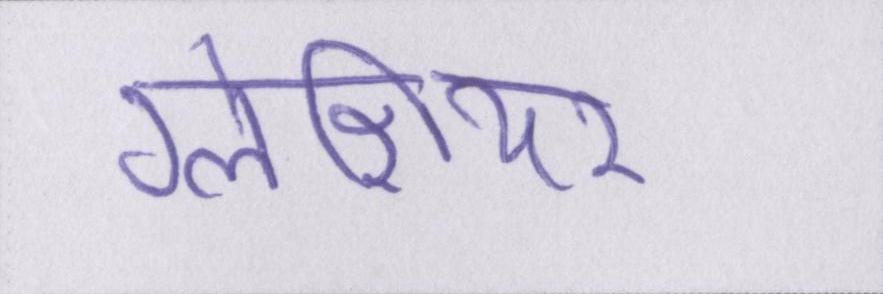
ग्लेशियर